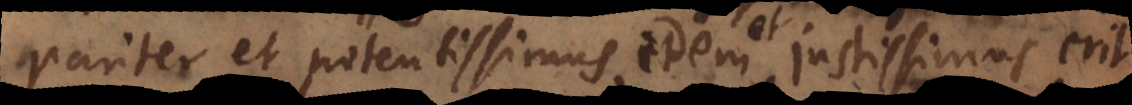
pariter et potentissimus, justissimus erit,